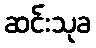
ဆင်းသုခ